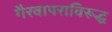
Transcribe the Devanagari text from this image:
गैरवापराविरूद्ध